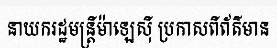
នាយករដ្ឋមន្ត្រីម៉ាឡេស៊ី ប្រកាសពីព័ត៌មាន